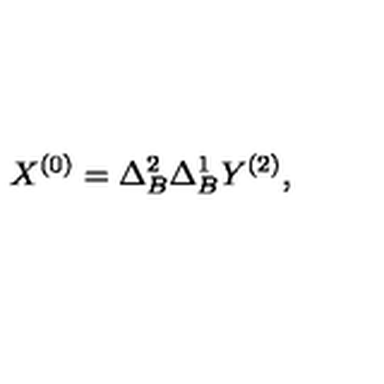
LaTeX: X ^ { ( 0 ) } = \Delta _ { B } ^ { 2 } \Delta _ { B } ^ { 1 } Y ^ { ( 2 ) } ,